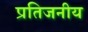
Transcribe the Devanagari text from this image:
प्रतिजनीय